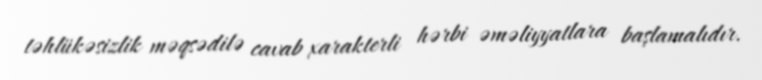
təhlükəsizlik məqsədilə cavab xarakterli hərbi əməliyyatlara başlamalıdır.